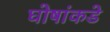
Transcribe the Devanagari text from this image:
घोषांकडे